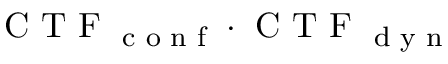
\textrm { C T F } _ { \textrm { c o n f } } \cdot \textrm { C T F } _ { \textrm { d y n } }